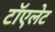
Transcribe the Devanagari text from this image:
टॉएलेट